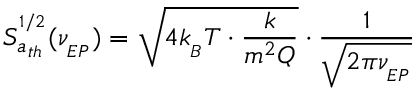
S _ { a _ { t h } } ^ { ^ { 1 / 2 } } ( \nu _ { _ { E P } } ) = \sqrt { 4 k _ { _ B } T \cdot \frac { k } { m ^ { 2 } Q } } \cdot \frac { 1 } { \sqrt { 2 \pi \nu _ { _ { E P } } } }